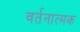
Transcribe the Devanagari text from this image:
वर्तनात्मक